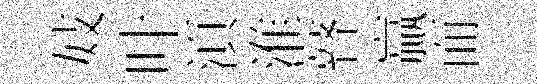
妓叶湏淮瞽贏而